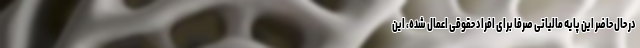
در حال حاضر این پایه مالیاتی صرفا برای افراد حقوقی اعمال شده، این